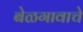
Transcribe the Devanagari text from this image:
बेळगावाचे